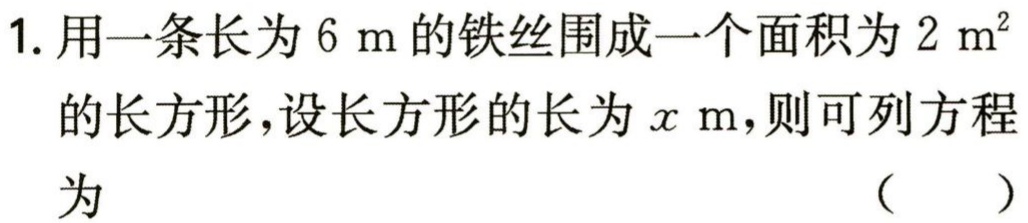
1. 用一条长为$6\mathrm{ m}$的铁丝围成一个面积为$2\mathrm{ m}^{2}$的长方形，设长方形的长为$x\mathrm{ m}$，则可列方程为 （  ）